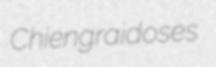
Chiengrai doses